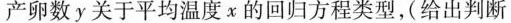
产卵数y关于平均温度χ的回归方程类型，(给出判断